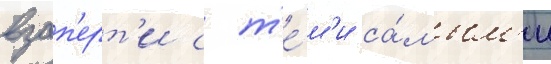
взап'ерт'и с т'е́м'и са́мым'и